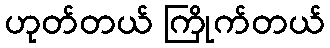
ဟုတ်တယ် ကြိုက်တယ်